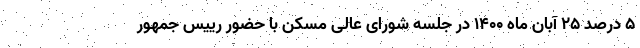
۵ درصد ۲۵ آبان ماه ۱۴۰۰ در جلسه شورای عالی مسکن با حضور رییس جمهور